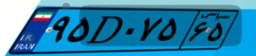
۲۷D۲۸۷۹۴